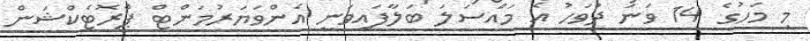
މި މަހުގެ 14 ވަނަ ދުވަހު އެ މައްސަލަ ބަލާފައިވަނީ އެންވަޔަރުމަންޓް ޕްރޮޓެކްޝަން